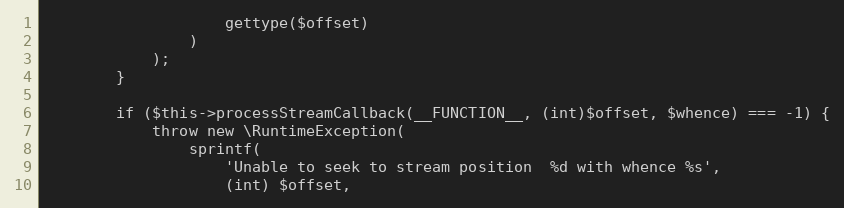
Language: PHP
                    gettype($offset)
                )
            );
        }

        if ($this->processStreamCallback(__FUNCTION__, (int)$offset, $whence) === -1) {
            throw new \RuntimeException(
                sprintf(
                    'Unable to seek to stream position  %d with whence %s',
                    (int) $offset,